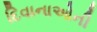
દિવાનાઓની